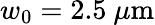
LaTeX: w_{0}=2.5\ \mu\mathrm{m}